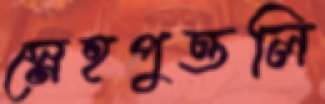
স্নেহপুত্তলি